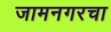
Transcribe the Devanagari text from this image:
जामनगरचा